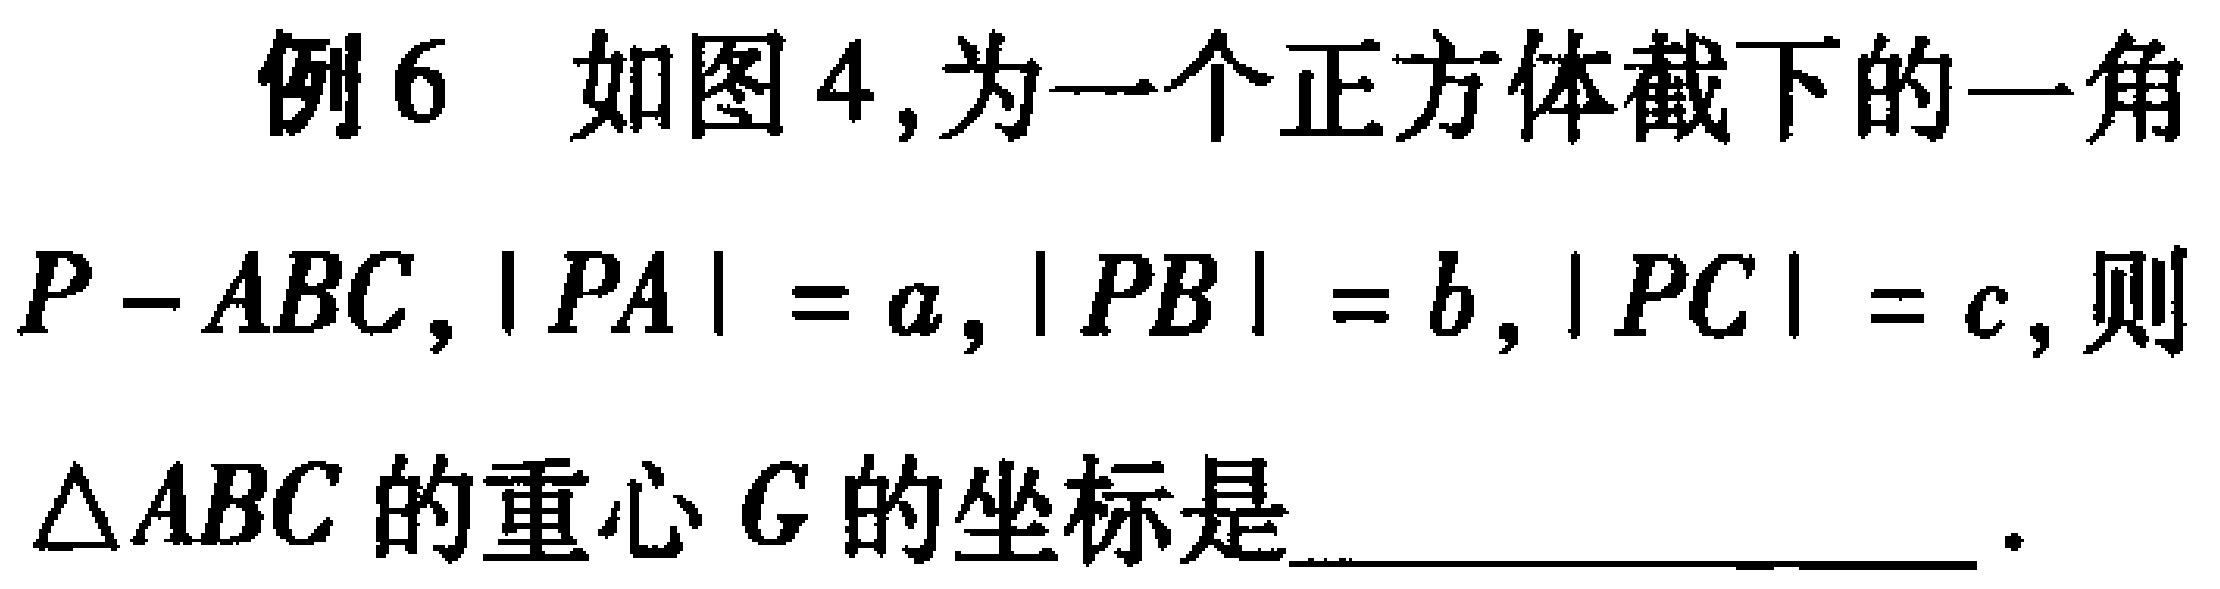
例6 如图4,为一个正方体截下的一角 \(P - ABC\)，\(\vert PA\vert = a\)，\(\vert PB\vert = b\)，\(\vert PC\vert = c\)，则\(\triangle ABC\)的重心\(G\)的坐标是____________________.